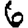
Digit: 6